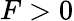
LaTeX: F>0